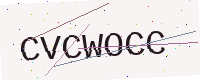
Text: CVCWOCC